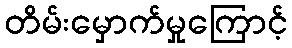
တိမ်းမှောက်မှုကြောင့်